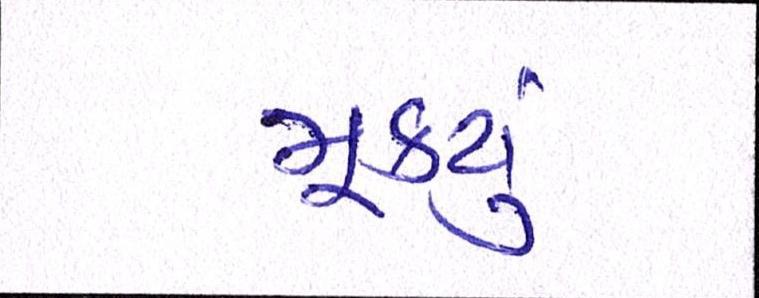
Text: મૂક્યું